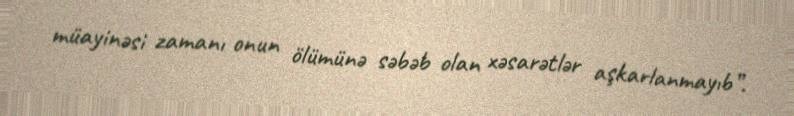
müayinəsi zamanı onun ölümünə səbəb olan xəsarətlər aşkarlanmayıb”.